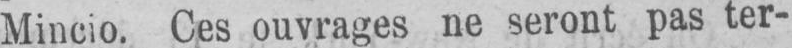
Mincio. Ces ouvrages ne seront pas ter-